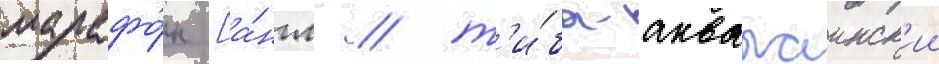
марафо́н [а́нгл. / т'и́ба-аквалаинск'ии